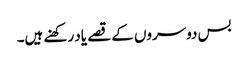
بس دوسروں کے قصے یاد رکھنے ہیں۔